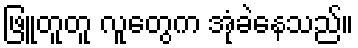
ဖြူတူတူ လူတွေက အုံခဲနေသည်။